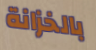
بالخزانة